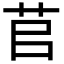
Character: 苢